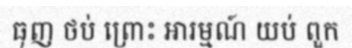
ធុញ ថប់ ព្រោះ អារម្មណ៍ យប់ ពួក